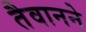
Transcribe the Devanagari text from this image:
तैवानने